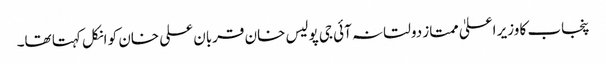
پنجاب کا وزیر اعلیٰ ممتاز دولتانہ آئی جی پولیس خان قربان علی خان کو انکل کہتا تھا۔